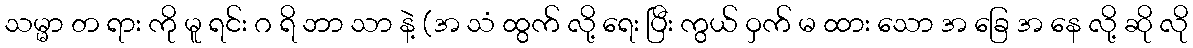
သမ္မာ တ ရား ကို မူ ရင်း ဂ ရိ ဘာ သာ နဲ့ (အ သံ ထွက် လို့ ရေး ပြီး ကွယ် ဝှက် မ ထား သော အ ခြေ အ နေ လို့ ဆို လို